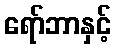
ရော်ဘာနှင့်